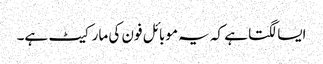
ایسا لگتا ہے کہ یہ موبائل فون کی مارکیٹ ہے۔